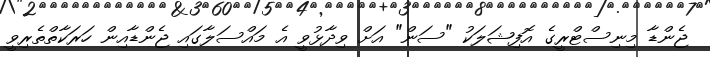
ޖެންޑާ މިނިސްޓްރީގެ އޮފިޝަލަކު "ސަން" އަށް ވިދާޅުވީ އެ މައްސަލާގައި ޖެންޑާއިން ހަރަކާތްތެރިވީ